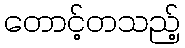
တောင့်တသည့်